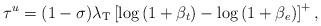
LaTeX: \begin{align*} \tau^u = (1-\sigma) \lambda_\textrm{T} \left[ \log \left(1 + \beta_t \right) - \log \left(1 + \beta_e \right) \right]^{+},\end{align*}